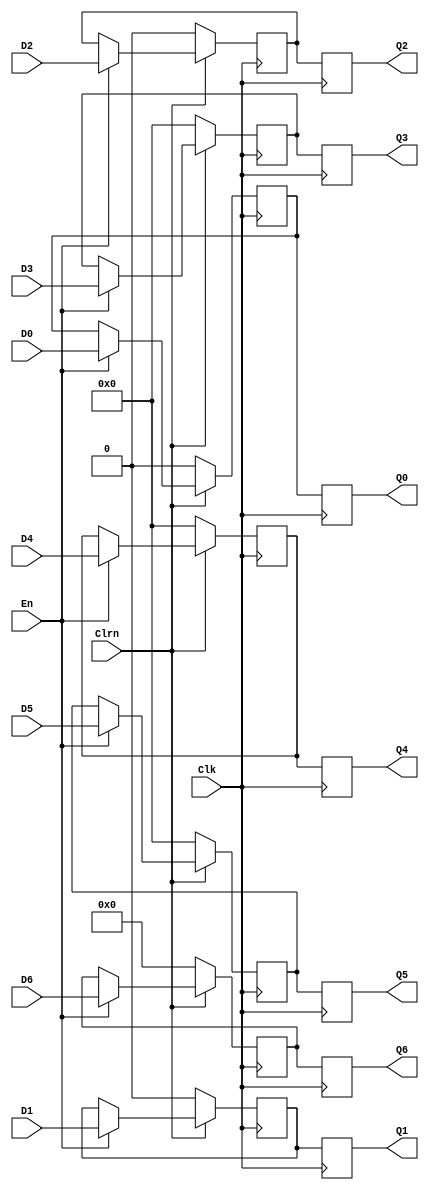
module REGexmem(D0,D1,D2,D3,D4,D5,D6,En,Clk,Clrn,Q0,Q1,Q2,Q3,Q4,Q5,Q6);
input [31:0] D3,D4,D5;
input [4:0] D6;
input D0,D1,D2;
input En,Clk,Clrn;

output reg [31:0] Q3,Q4,Q5;
output reg [4:0] Q6; 
output reg Q0,Q1,Q2;

reg [31:0] reg3,reg4,reg5;
reg [4:0] reg6; 
reg reg0,reg1,reg2;



initial begin
    reg0= 0;reg1= 0;reg2= 0;
    reg3= 0;reg4= 0;reg5= 0;
    reg6= 0;
end

always @(posedge Clk) begin
    Q0= reg0;Q1= reg1;
    Q2= reg2;Q3= reg3;
    Q4= reg4;Q5= reg5;
    Q6= reg6;
end

always @(negedge Clk) begin
    //Clrn == 00
    if (Clrn == 0) begin
        reg0= 0;reg1= 0;reg2= 0;
        reg3= 0;reg4= 0;reg5= 0;
        reg6= 0;
    end
    //En == 1
    else if(En == 1) begin
        reg0= D0;reg1= D1;reg2= D2;
        reg3= D3;reg4= D4;reg5= D5;
        reg6= D6;
    end
    //En == 0 
end
endmodule